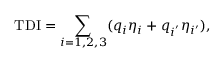
\mathrm { T D I } = \sum _ { i = 1 , 2 , 3 } ( q _ { i } \eta _ { i } + q _ { i ^ { ' } } \eta _ { i ^ { \prime } } ) ,